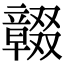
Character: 𠮒